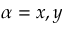
\alpha = x , y